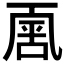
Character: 𠁈